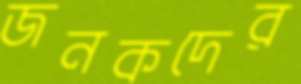
জনকদের